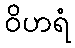
ဝိဟရံ